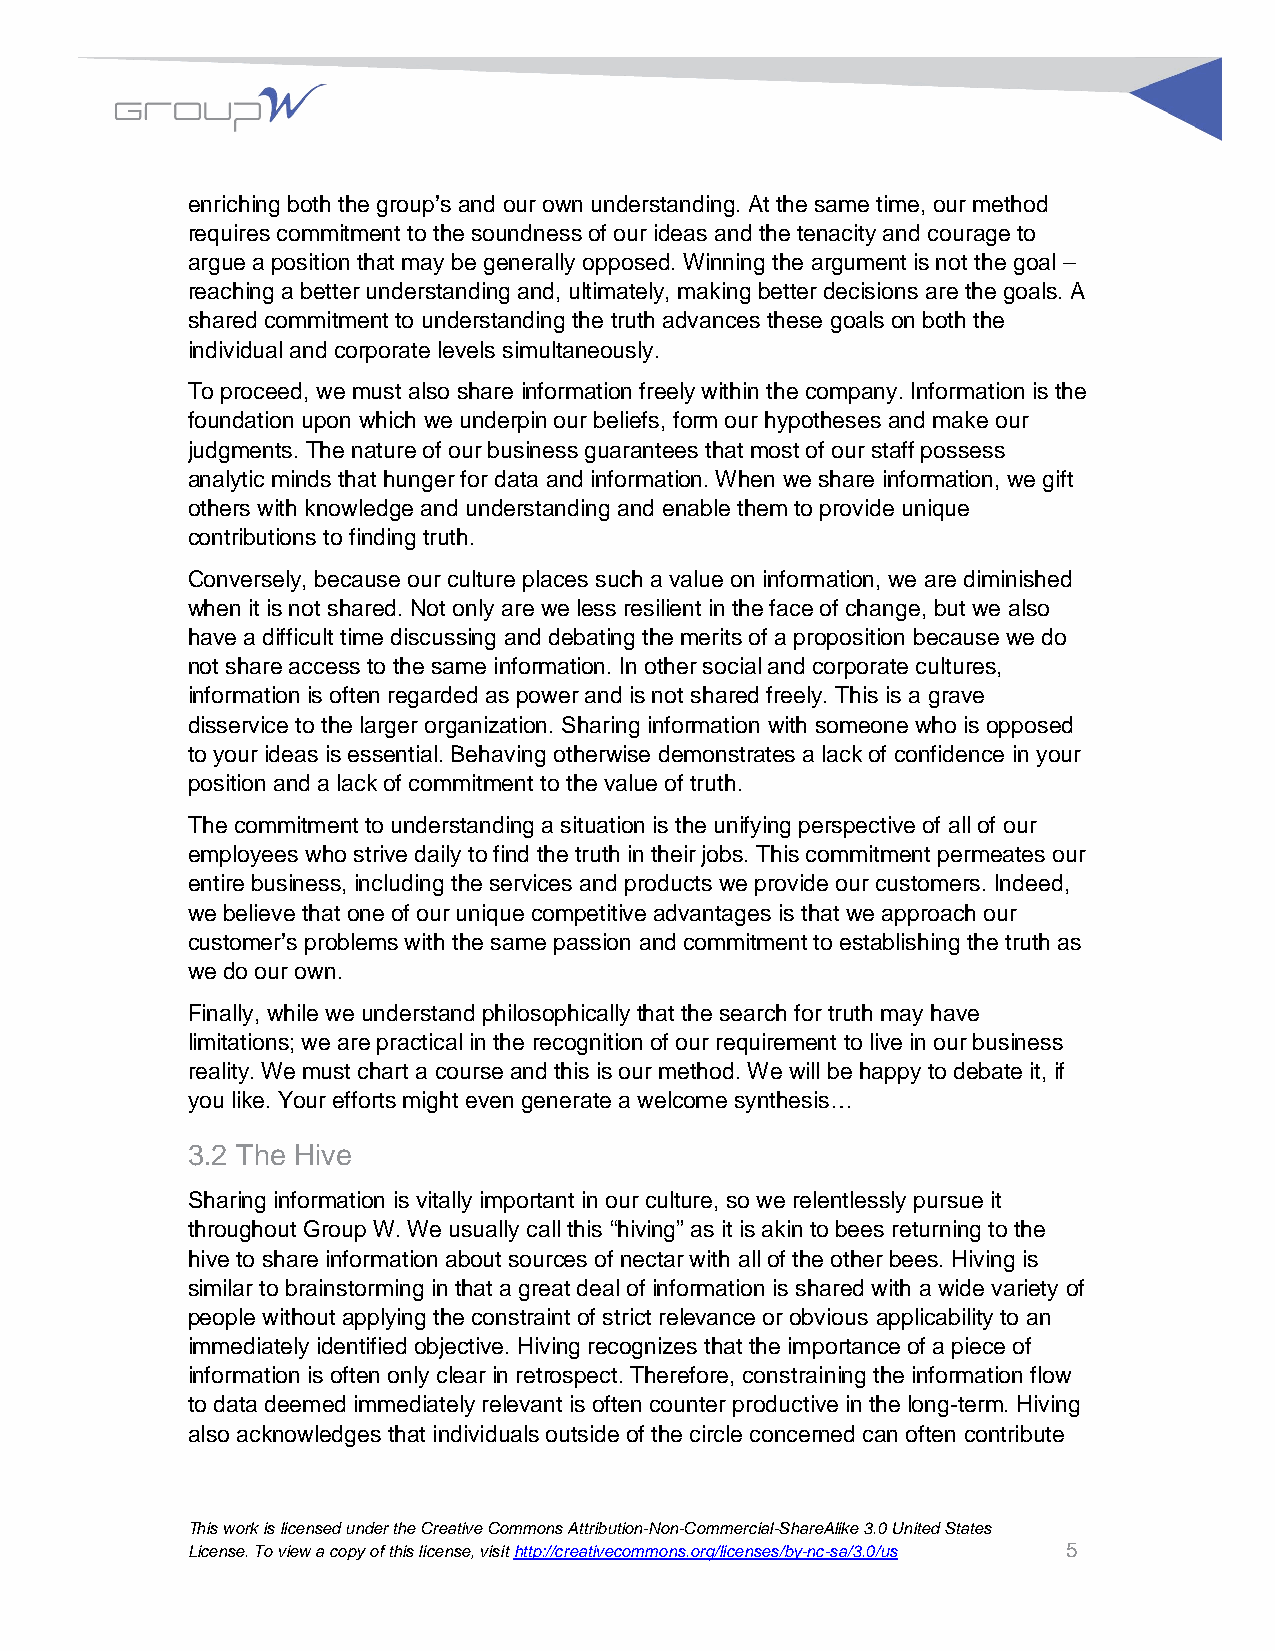
enriching both the group’s and our own understanding. At the same time, our method
 requires commitment to the soundness of our ideas and the tenacity and courage to
 argue a position that may be generally opposed. Winning the argument is not the goal –
 reaching a better understanding and, ultimately, making better decisions are the goals. A
 shared commitment to understanding the truth advances these goals on both the
 individual and corporate levels simultaneously.
 To proceed, we must also share information freely within the company. Information is the
 foundation upon which we underpin our beliefs, form our hypotheses and make our
 judgments. The nature of our business guarantees that most of our staff possess
 analytic minds that hunger for data and information. When we share information, we gift
 others with knowledge and understanding and enable them to provide unique
 contributions to finding truth.
 Conversely, because our culture places such a value on information, we are diminished
 when it is not shared. Not only are we less resilient in the face of change, but we also
 have a difficult time discussing and debating the merits of a proposition because we do
 not share access to the same information. In other social and corporate cultures,
 information is often regarded as power and is not shared freely. This is a grave
 disservice to the larger organization. Sharing information with someone who is opposed
 to your ideas is essential. Behaving otherwise demonstrates a lack of confidence in your
 position and a lack of commitment to the value of truth.
 The commitment to understanding a situation is the unifying perspective of all of our
 employees who strive daily to find the truth in their jobs. This commitment permeates our
 entire business, including the services and products we provide our customers. Indeed,
 we believe that one of our unique competitive advantages is that we approach our
 customer’s problems with the same passion and commitment to establishing the truth as
 we do our own.
 Finally, while we understand philosophically that the search for truth may have
 limitations; we are practical in the recognition of our requirement to live in our business
 reality. We must chart a course and this is our method. We will be happy to debate it, if
 you like. Your efforts might even generate a welcome synthesis…
 3.2 The Hive
 Sharing information is vitally important in our culture, so we relentlessly pursue it
 throughout Group W. We usually call this “hiving” as it is akin to bees returning to the
 hive to share information about sources of nectar with all of the other bees. Hiving is
 similar to brainstorming in that a great deal of information is shared with a wide variety of
 people without applying the constraint of strict relevance or obvious applicability to an
 immediately identified objective. Hiving recognizes that the importance of a piece of
 information is often only clear in retrospect. Therefore, constraining the information flow
 to data deemed immediately relevant is often counter productive in the long-term. Hiving
 also acknowledges that individuals outside of the circle concerned can often contribute
 This work is licensed under the Creative Commons Attribution-Non-Commercial-ShareAlike 3.0 United States
 License. To view a copy of this license, visit http://creativecommons.org/licenses/by-nc-sa/3.0/us 5